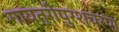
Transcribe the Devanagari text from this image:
गायत्रीपुरश्चरण